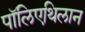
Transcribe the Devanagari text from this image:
पॉलिएथिलान